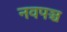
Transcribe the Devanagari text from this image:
नवपञ्च